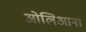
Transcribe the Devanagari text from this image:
ओलिआना